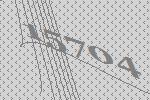
15704